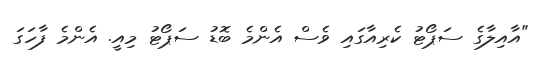
"އާއިލާގެ ސަޕޯޓު ކެރިއާގައި ވެސް އެންމެ ބޮޑު ސަޕޯޓު މިއީ. އެންމެ ފާހަގަ